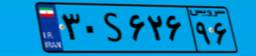
۸۹S۹۲۲۳۸